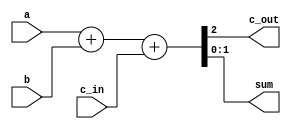
module fulladd_2bit(
					input[1:0] a, b, input c_in,
					output c_out, output[1:0] sum
					);

	wire[2:0] outs;
	
	assign outs = a + b + c_in;
	assign c_out = outs[2];
	assign sum = outs[1:0];
endmodule